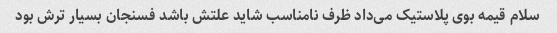
سلام قیمه بوی پلاستیک می‌داد ظرف نامناسب شاید علتش باشد فسنجان بسیار ترش بود